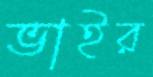
ভাইর